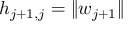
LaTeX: h _ { j + 1 , j } = \| w _ { j + 1 } \|